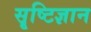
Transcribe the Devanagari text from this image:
सॄष्टिज्ञान